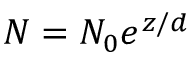
N = N _ { 0 } e ^ { z / d }